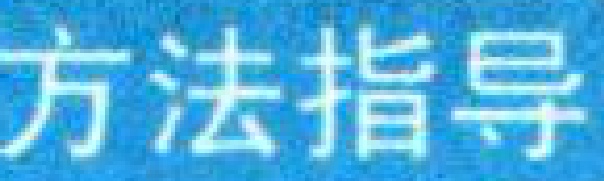
方法指导